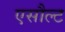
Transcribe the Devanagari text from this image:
एसौल्ट